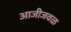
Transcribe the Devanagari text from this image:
आजीजवळ